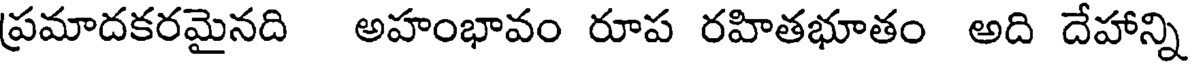
ప్రమాదకరమైనది అహంభావం రూప రహితభూతం అది దేహాన్ని